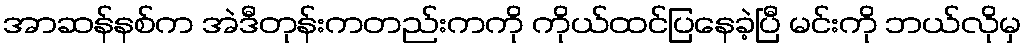
အာဆန်နစ်က အဲဒီတုန်းကတည်းကကို ကိုယ်ထင်ပြနေခဲ့ပြီ မင်းကို ဘယ်လိုမှ